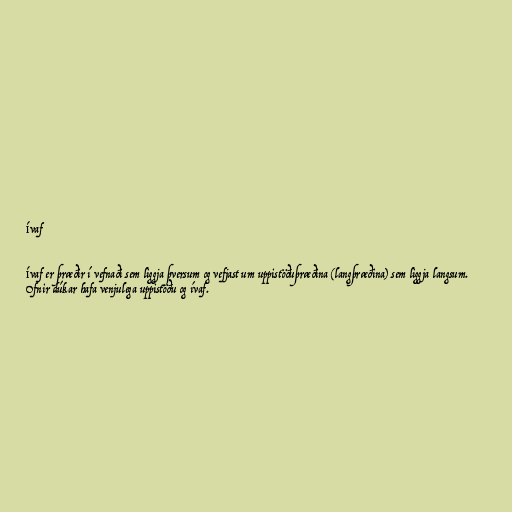
Ívaf

Ívaf er þræðir í vefnaði sem liggja þversum og vefjast um uppistöðuþræðina (langþræðina) sem liggja langsum.
Ofnir dúkar hafa venjulega uppistöðu og ívaf.